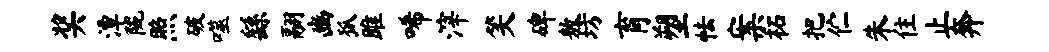
奖潭陇照破噬繇翮豳狐雎唏滓笑碑敖坊育塑怯案柘把伫朱住止奔